Report on the cultivation of protesoma, Labbé, in grey mosquitoes
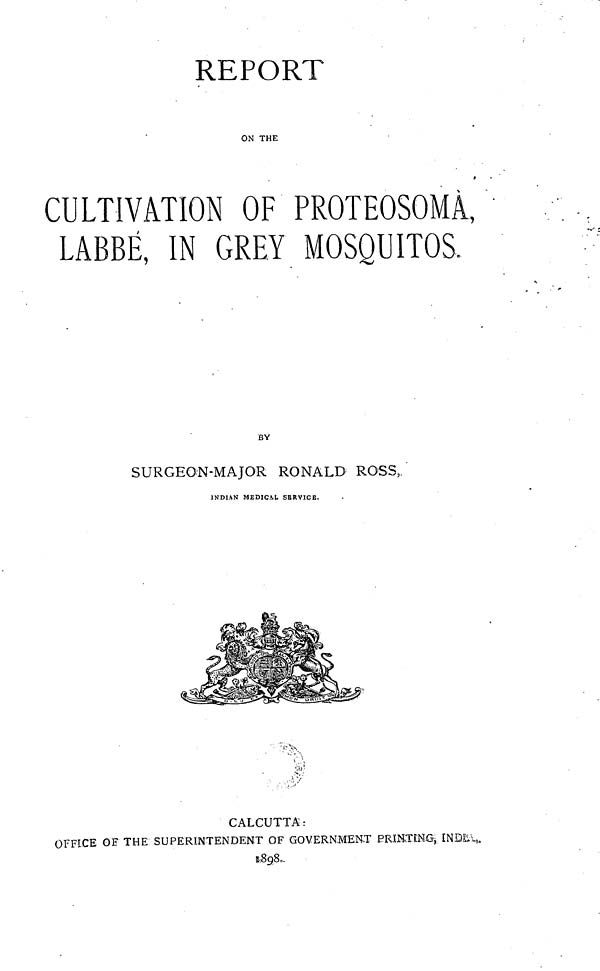
REPORT
ON THE
CULTIVATION OF PROTEOSOMA,
LABBÉ , IN GREY MOSQUITOS,
BY
SURGEON-MAJOR RONALD ROSS,.
INDIAN MEDICAL SERVICE.
CALCUTTA:
OFFICE OF THE SUPERINTENDENT OF GOVERNMENT PRINTING, INDL\ill\
.8 9 8.